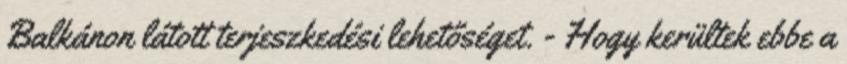
Balkánon látott terjeszkedési lehetőséget. - Hogy kerültek ebbe a